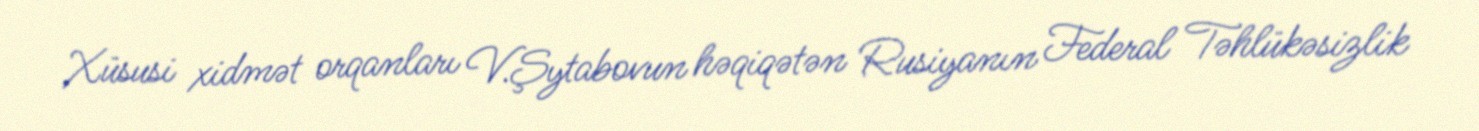
Xüsusi xidmət orqanları V.Şytabovun həqiqətən Rusiyanın Federal Təhlükəsizlik